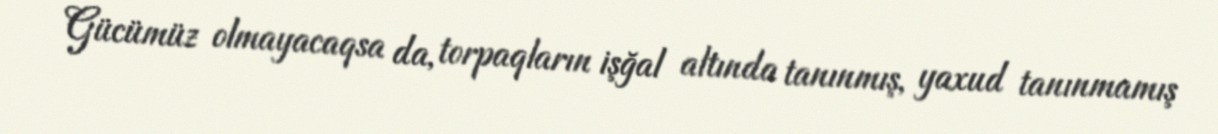
Gücümüz olmayacaqsa da, torpaqların işğal altında tanınmış, yaxud tanınmamış